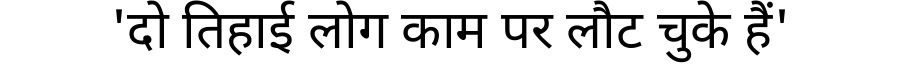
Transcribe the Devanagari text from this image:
'दो तिहाई लोग काम पर लौट चुके हैं'